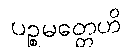
ပဉ္စမတ္တေဟိ